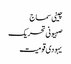
چینی سماج
صہیونی تحریک
یہودی قومیت